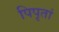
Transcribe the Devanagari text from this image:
पिपृतां